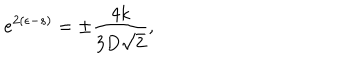
LaTeX: e ^ { 2 ( \epsilon - s ) } = \pm \frac { 4 k } { 3 D \sqrt { 2 } } ,